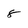
Character: 8